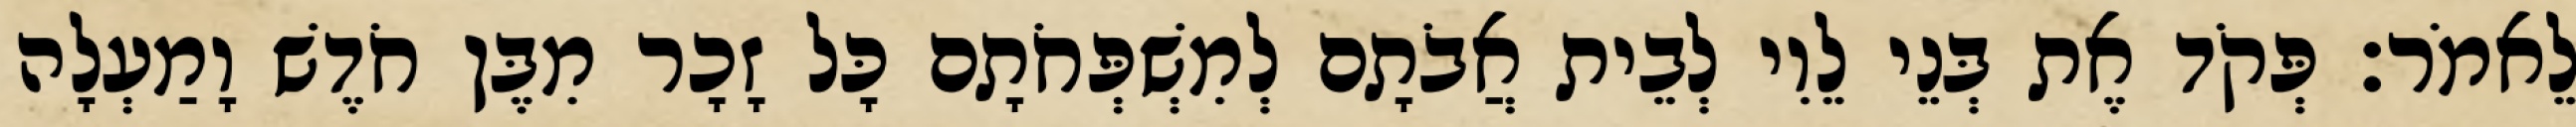
לֵאמֹר׃ פְּקֹד אֶת בְּנֵי לֵוִי לְבֵית אֲבֹתָם לְמִשְׁפְּחֹתָם כָּל זָכָר מִבֶּן חֹדֶשׁ וָמַעְלָה